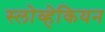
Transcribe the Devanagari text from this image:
स्लोव्हेकियन